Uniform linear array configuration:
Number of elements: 48
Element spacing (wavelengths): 1
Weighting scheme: hann
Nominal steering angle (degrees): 60
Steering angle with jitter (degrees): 59.795
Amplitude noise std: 0.05
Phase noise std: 0.05

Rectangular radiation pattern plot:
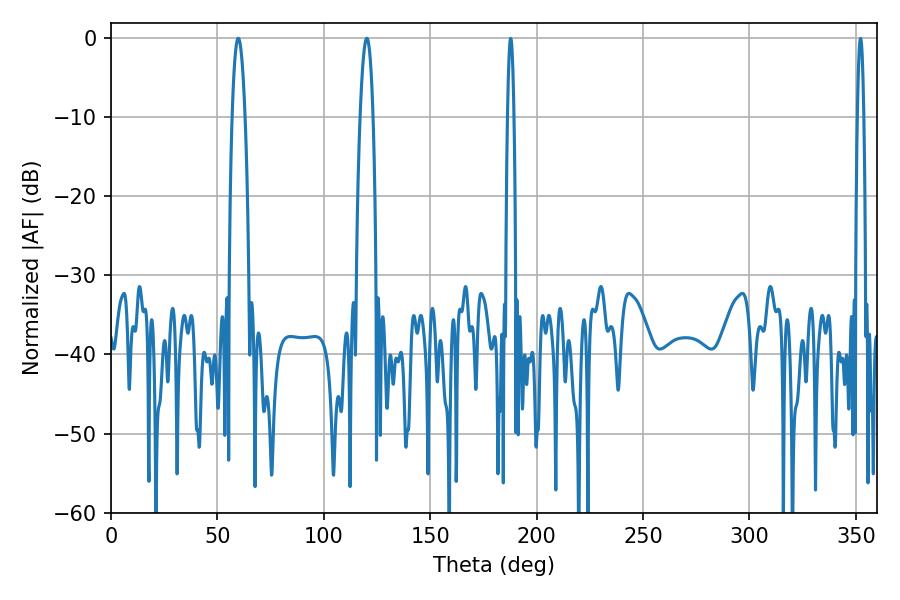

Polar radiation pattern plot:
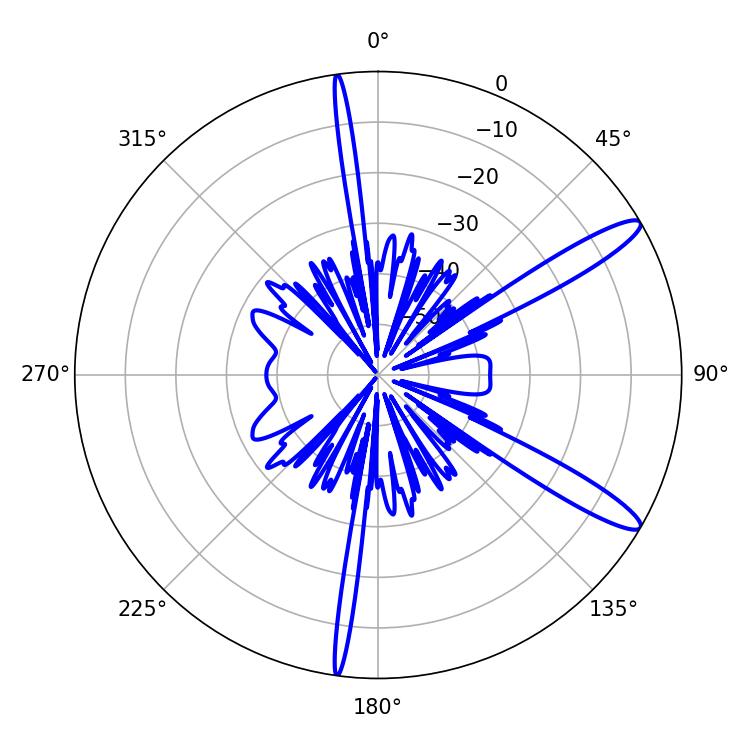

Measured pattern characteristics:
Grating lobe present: TRUE
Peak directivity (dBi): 12.967
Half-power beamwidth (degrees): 3.42
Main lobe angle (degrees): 120.24